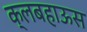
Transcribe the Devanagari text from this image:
क्लबहाऊस